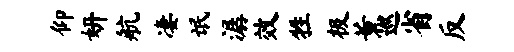
仰妍航凄氓潺效牲极薰巡省反